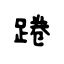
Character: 踡